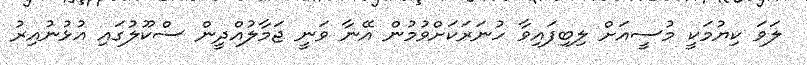
ލަވަ ކިޔުމަކީ މުސީއަށް ލިބިފައިވާ ހުނަރަކަށްވުމުން އޭނާ ވަނީ ޖަމާލުއްދީން ސްކޫލުގައި އުޅުނުއިރު